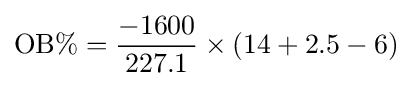
{\text{OB}}\%={\frac {-1600}{227.1}}\times (14+2.5-6)